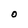
Character: O